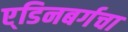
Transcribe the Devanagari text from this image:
ए्डिनबर्गचा